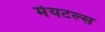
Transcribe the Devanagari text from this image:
मेयटल्स